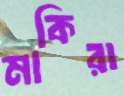
মাকিরা